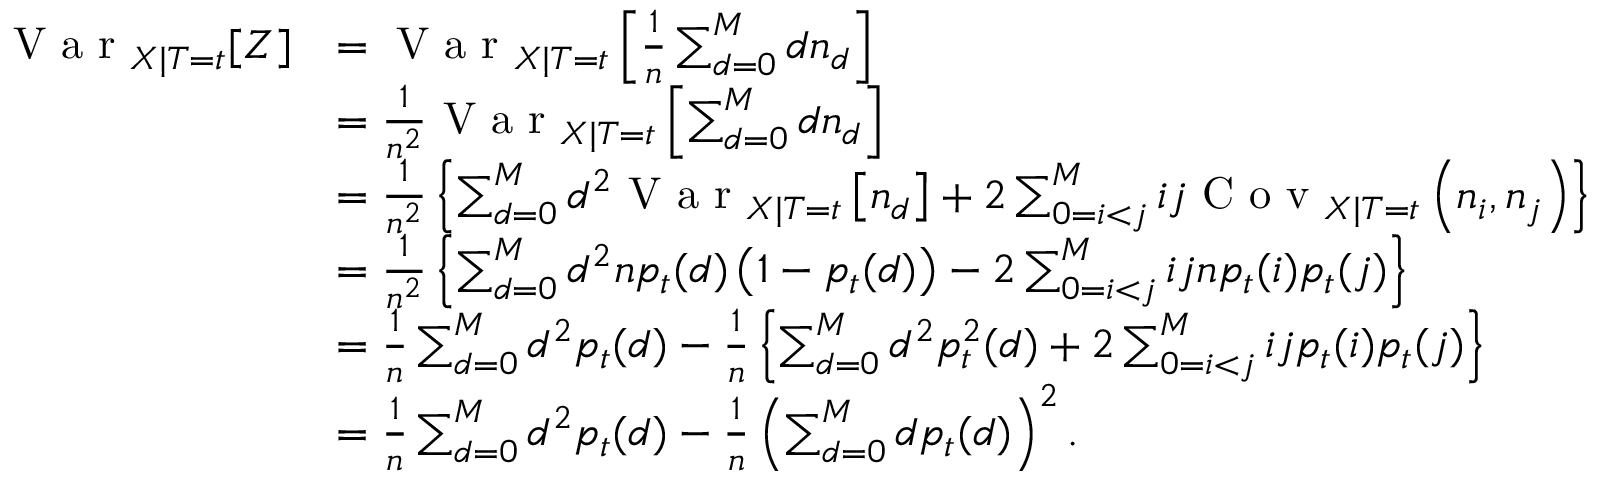
\begin{array} { r l } { \textrm { V a r } _ { X | T = t } [ Z ] } & { = \textrm { V a r } _ { X | T = t } \left[ \frac { 1 } { n } \sum _ { d = 0 } ^ { M } d n _ { d } \right] } \\ & { = \frac { 1 } { n ^ { 2 } } \textrm { V a r } _ { X | T = t } \left[ \sum _ { d = 0 } ^ { M } d n _ { d } \right] } \\ & { = \frac { 1 } { n ^ { 2 } } \left\{ \sum _ { d = 0 } ^ { M } d ^ { 2 } \textrm { V a r } _ { X | T = t } \left[ n _ { d } \right] + 2 \sum _ { 0 = i < j } ^ { M } i j \textrm { C o v } _ { X | T = t } \left( n _ { i } , n _ { j } \right) \right\} } \\ & { = \frac { 1 } { n ^ { 2 } } \left\{ \sum _ { d = 0 } ^ { M } d ^ { 2 } n p _ { t } ( d ) \left( 1 - p _ { t } ( d ) \right) - 2 \sum _ { 0 = i < j } ^ { M } i j n p _ { t } ( i ) p _ { t } ( j ) \right\} } \\ & { = \frac { 1 } { n } \sum _ { d = 0 } ^ { M } d ^ { 2 } p _ { t } ( d ) - \frac { 1 } { n } \left\{ \sum _ { d = 0 } ^ { M } d ^ { 2 } p _ { t } ^ { 2 } ( d ) + 2 \sum _ { 0 = i < j } ^ { M } i j p _ { t } ( i ) p _ { t } ( j ) \right\} } \\ & { = \frac { 1 } { n } \sum _ { d = 0 } ^ { M } d ^ { 2 } p _ { t } ( d ) - \frac { 1 } { n } \left( \sum _ { d = 0 } ^ { M } d p _ { t } ( d ) \right) ^ { 2 } . } \end{array}